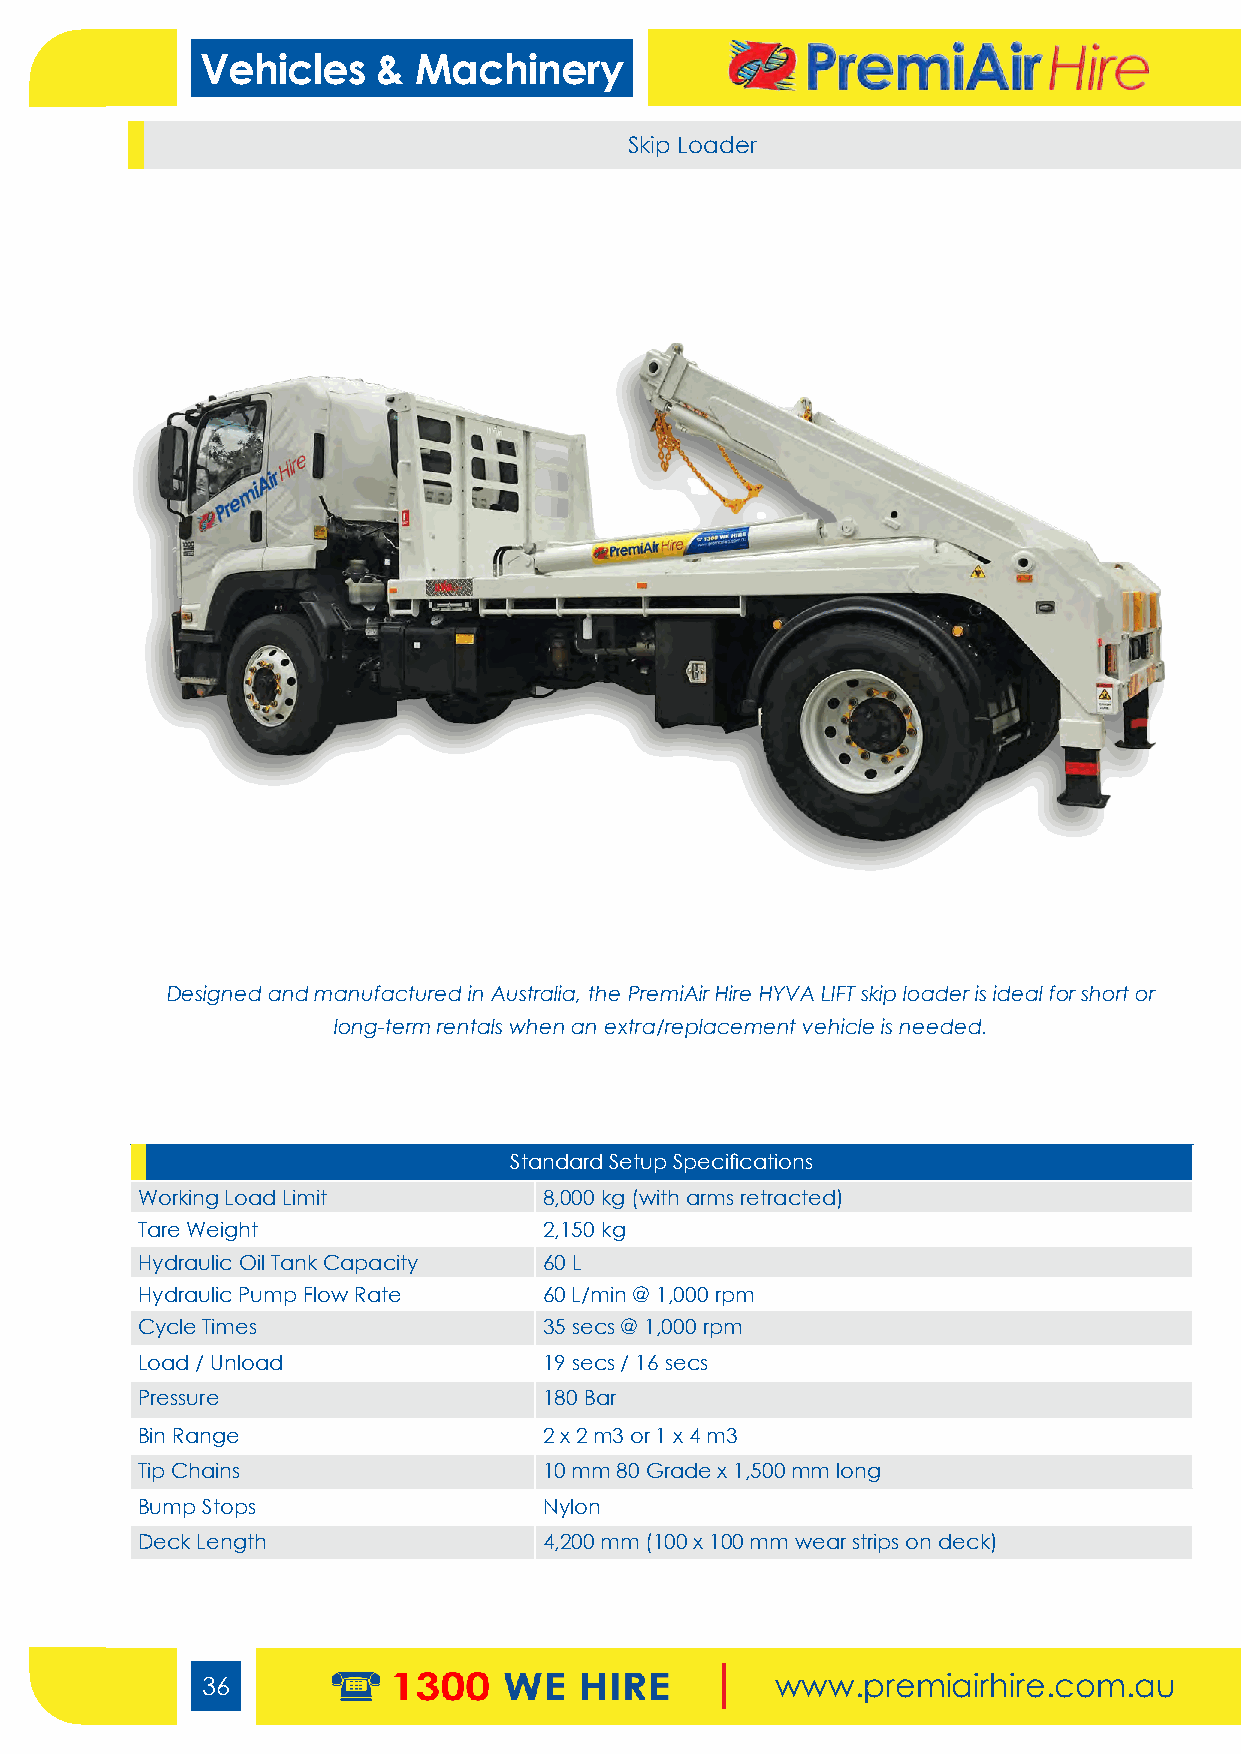
Vehicles    &  Machinery
 Skip Loader
 Designed and manufactured in Australia, the PremiAir Hire HYVA LIFT skip loader is ideal for short or
 long-term rentals when an extra/replacement vehicle is needed.
 Standard Setup Specifications
 Working Load Limit         8,000 kg (with arms retracted)
 Tare Weight                2,150 kg
 Hydraulic Oil Tank Capacity 60 L
 Hydraulic Pump Flow Rate   60 L/min @ 1,000 rpm
 Cycle Times                35 secs @ 1,000 rpm
 Load / Unload              19 secs / 16 secs
 Pressure                   180 Bar
 Bin Range                  2 x 2 m3 or 1 x 4 m3
 Tip Chains                 10 mm 80 Grade x 1,500 mm long
 Bump Stops                 Nylon
 Deck Length                4,200 mm (100 x 100 mm wear strips on deck)
 36                                    www.premiairhire.com.au